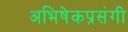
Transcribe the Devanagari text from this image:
अभिषेकप्रसंगी